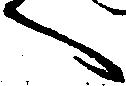
へ